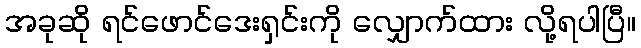
အခုဆို ရင်ဖောင်ဒေးရှင်းကို လျှောက်ထား လို့ရပါပြီ။